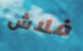
فلاش